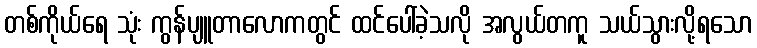
တစ်ကိုယ်ရေ သုံး ကွန်ပျူတာလောကတွင် ထင်ပေါ်ခဲ့သလို အလွယ်တကူ သယ်သွားလို့ရသော